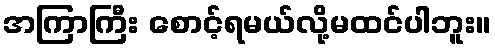
အကြာကြီး စောင့်ရမယ်လို့မထင်ပါဘူး။